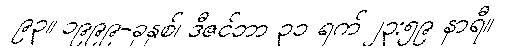
၉၃။ ၁၉၉၉-ခုနှစ်၊ ဒီဇင်ဘာ ၃၁ ရက် ၂၃:၅၉ နာရီ။